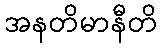
အနတိမာနီတိ